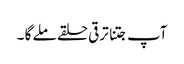
آپ جتنا ترقی حلقے ملے گا ۔